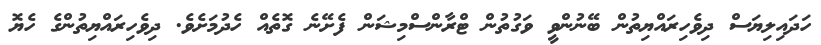
ހަދައިލިޔަސް ދިވެހިރައްޔިތުން ބޭނުންވީ ވަގުތުން ޓްރާންސްމިޝަން ފެށޭނެ ގޮތެއް ހެދުމަށެވެ. ދިވެހިރައްޔިތުންގެ ހެޔޮ